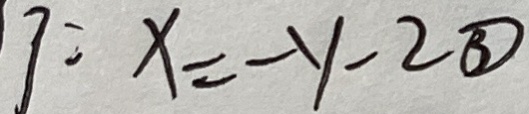
x = - y - 2 \textcircled { 3 }